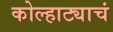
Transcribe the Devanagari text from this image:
कोल्हाट्याचं